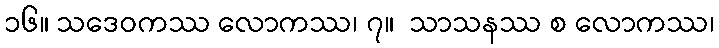
၁၆။ သဒေဝကဿ လောကဿ၊ ၇။  သာသနဿ စ လောကဿ၊